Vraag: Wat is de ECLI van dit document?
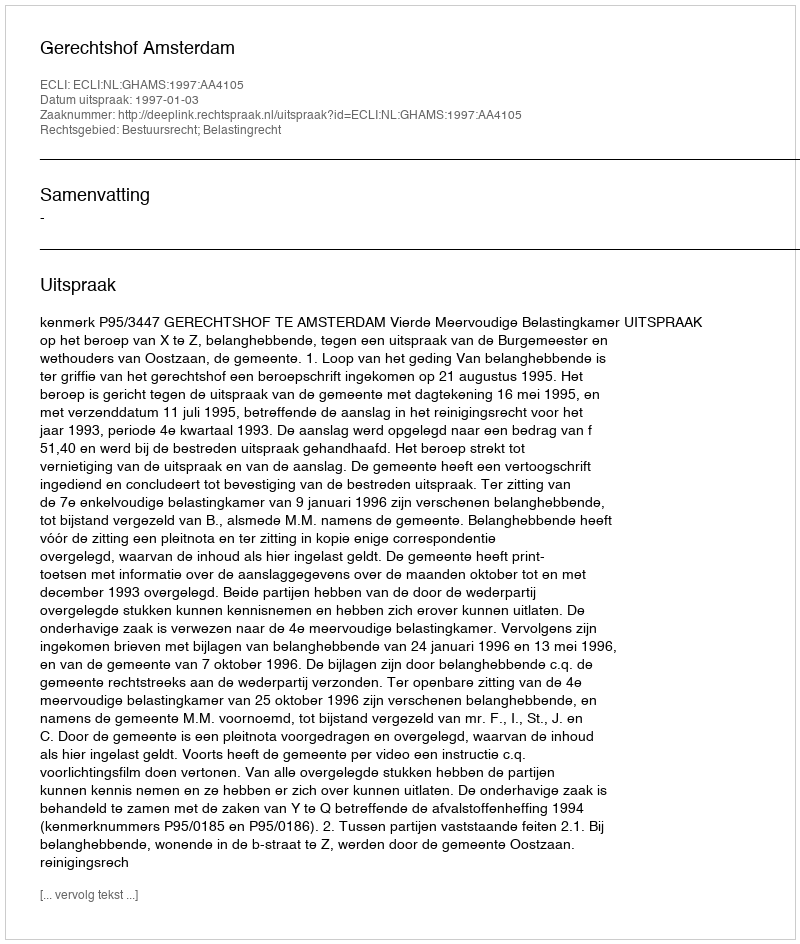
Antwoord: ECLI:NL:GHAMS:1997:AA4105